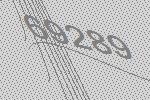
69289